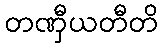
တဏှီယတီတိ